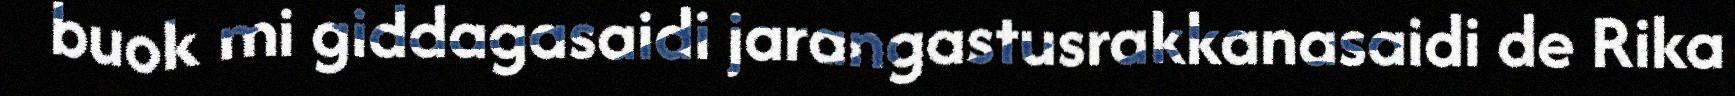
buok mi giddagasaidi jarangastusrakkanasaidi de Rika